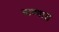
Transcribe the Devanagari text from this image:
नाण्यात